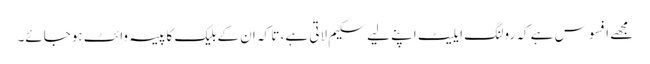
مجھے افسوس ہے کہ رولنگ ایلیٹ اپنے لیے سکیم لاتی ہے، تا کہ ان کے بلیک کا پیسہ وائٹ ہوجائے۔